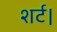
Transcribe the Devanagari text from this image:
शर्ट।